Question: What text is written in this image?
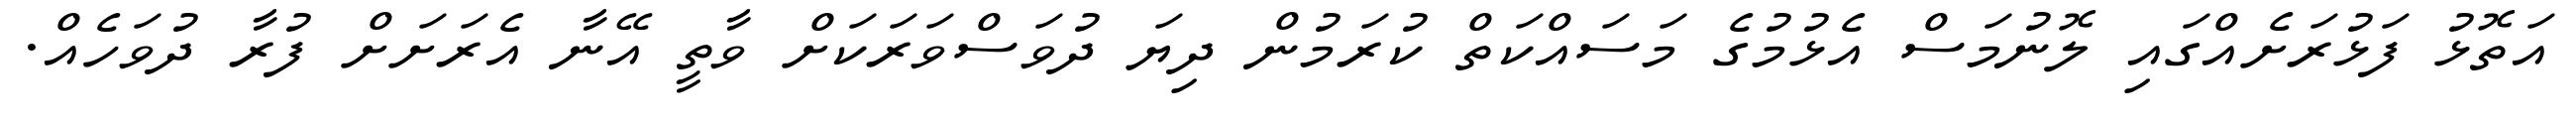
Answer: އަތޮޅު ފަޅުރަށެއްގައި ލޮނުމަސް އެޅުމުގެ މަސައްކަތް ކުރަމުން ދިޔަ ދުވަސްވަރަކަށް ވާތީ އޭނާ އެރަށަށް ފުރާ ދުވަހެއް.